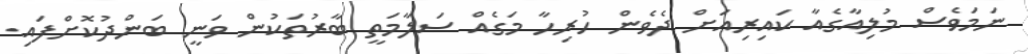
ނަމަވެސް މުލިއާގެއާ ކައިރިއަށް ދެވެން ހުރިހާ މަގެއް ސަލާމަތީ ބާރުތަކުން ވަނީ ބަންދުކޮށްފައި.